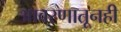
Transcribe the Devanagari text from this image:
आवरणातूनही